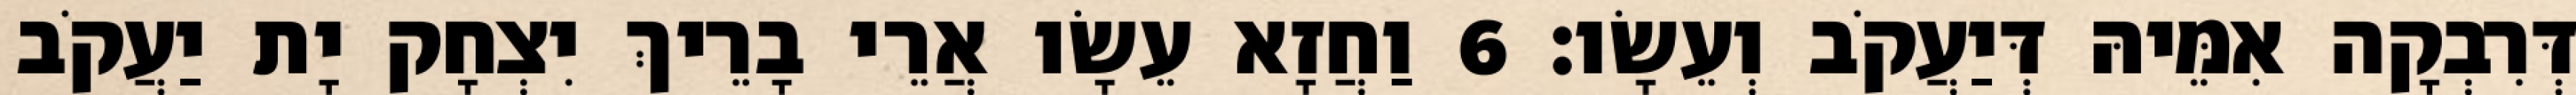
דְּרִבְקָה אִמֵּיהּ דְּיַעֲקֹב וְעֵשָׂו׃ 6 וַחֲזָא עֵשָׂו אֲרֵי בָרֵיךְ יִצְחָק יָת יַעֲקֹב